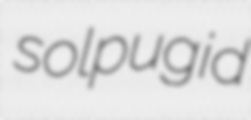
solpugid